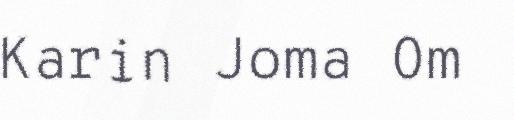
Karin Joma Om